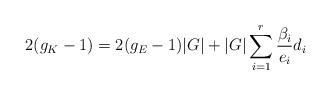
LaTeX: \begin{align*}2(g_K-1)=2(g_E-1)|G|+|G| \sum_{i=1}^{r} \frac{\beta_i}{e_i} d_i\end{align*}